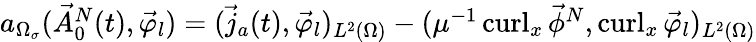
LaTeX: \begin{array}{r}{a_{\Omega_{\sigma}}(\vec{A}_{0}^{N}(t),\vec{\varphi}_{l})=(\vec{j}_{a}(t),\vec{\varphi}_{l})_{L^{2}(\Omega)}-(\mu^{-1}\operatorname{curl}_{x}\vec{\phi}^{N},\operatorname{curl}_{x}\vec{\varphi}_{l})_{L^{2}(\Omega)}}\end{array}